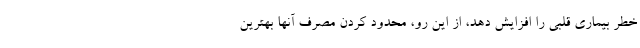
خطر بیماری قلبی را افزایش دهد، از این رو، محدود کردن مصرف آنها بهترین